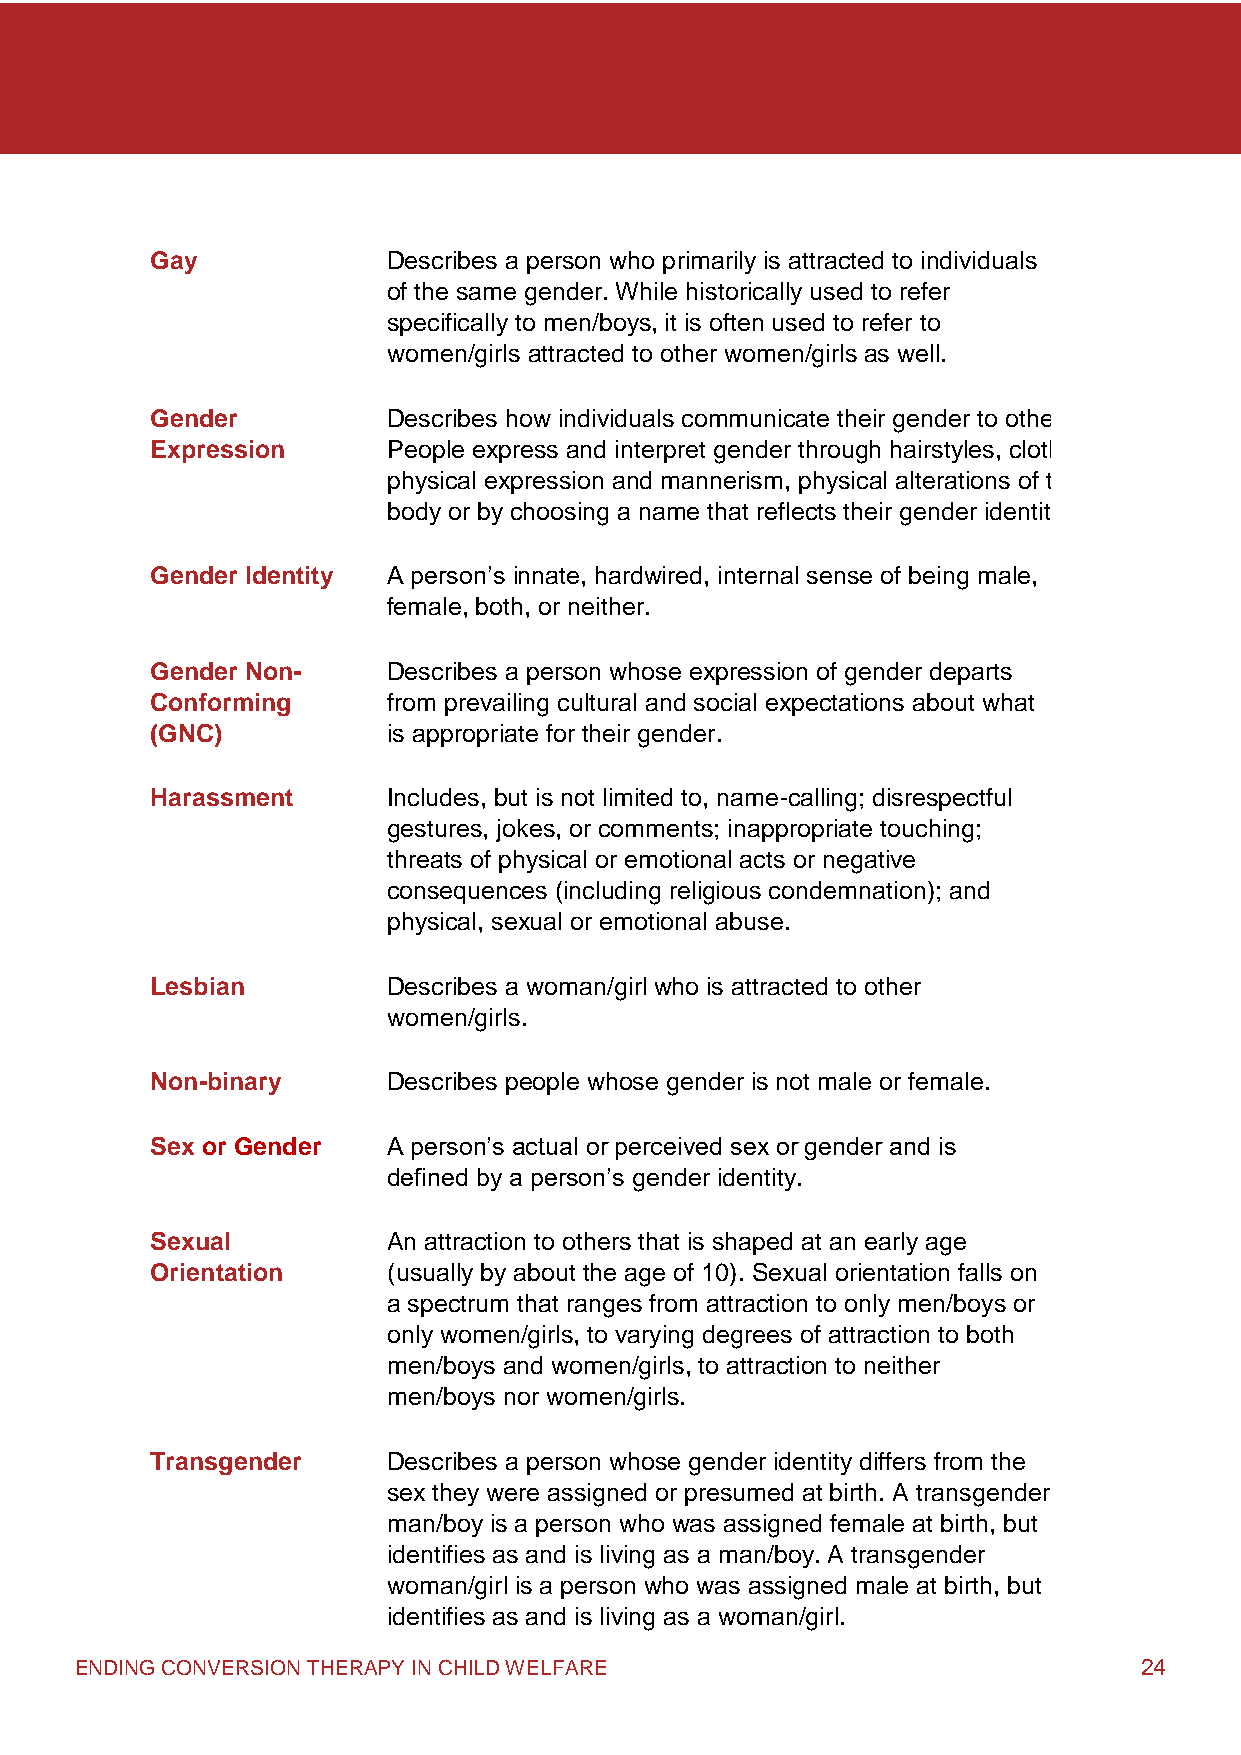
Gay             Describes a person who primarily is attracted to individuals
 of the same gender. While historically used to refer
 specifically to men/boys, it is often used to refer to
 women/girls attracted to other women/girls as well.
 Gender          Describes how individuals communicate their gender to others.
 Expression      People express and interpret gender through hairstyles, clothing,
 physical expression and mannerism, physical alterations of their
 body or by choosing a name that reflects their gender identity.
 Gender Identity A person’s innate, hardwired, internal sense of being male,
 female, both, or neither.
 Gender Non-     Describes a person whose expression of gender departs
 Conforming      from prevailing cultural and social expectations about what
 (GNC)           is appropriate for their gender.
 Harassment      Includes, but is not limited to, name-calling; disrespectful
 gestures, jokes, or comments; inappropriate touching;
 threats of physical or emotional acts or negative
 consequences (including religious condemnation); and
 physical, sexual or emotional abuse.
 Lesbian         Describes a woman/girl who is attracted to other
 women/girls.
 Non-binary      Describes people whose gender is not male or female.
 Sex or Gender   A person’s actual or perceived sex or gender and is
 defined by a person’s gender identity.
 Sexual          An attraction to others that is shaped at an early age
 Orientation     (usually by about the age of 10). Sexual orientation falls on
 a spectrum that ranges from attraction to only men/boys or
 only women/girls, to varying degrees of attraction to both
 men/boys and women/girls, to attraction to neither
 men/boys nor women/girls.
 Transgender     Describes a person whose gender identity differs from the
 sex they were assigned or presumed at birth. A transgender
 man/boy is a person who was assigned female at birth, but
 identifies as and is living as a man/boy. A transgender
 woman/girl is a person who was assigned male at birth, but
 identifies as and is living as a woman/girl.
 ENDING CONVERSION THERAPY IN CHILD WELFARE                            24